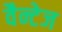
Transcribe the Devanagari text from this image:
वैन्टेज